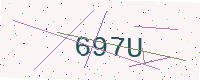
Text: 697U